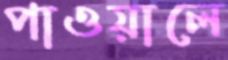
পাওয়ালে